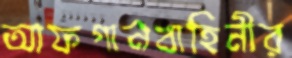
আফগানবাহিনীর